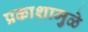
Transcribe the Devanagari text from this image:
प्रकाशामुळे